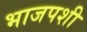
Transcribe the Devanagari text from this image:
भाजपशी